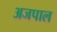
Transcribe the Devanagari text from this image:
अजपाल